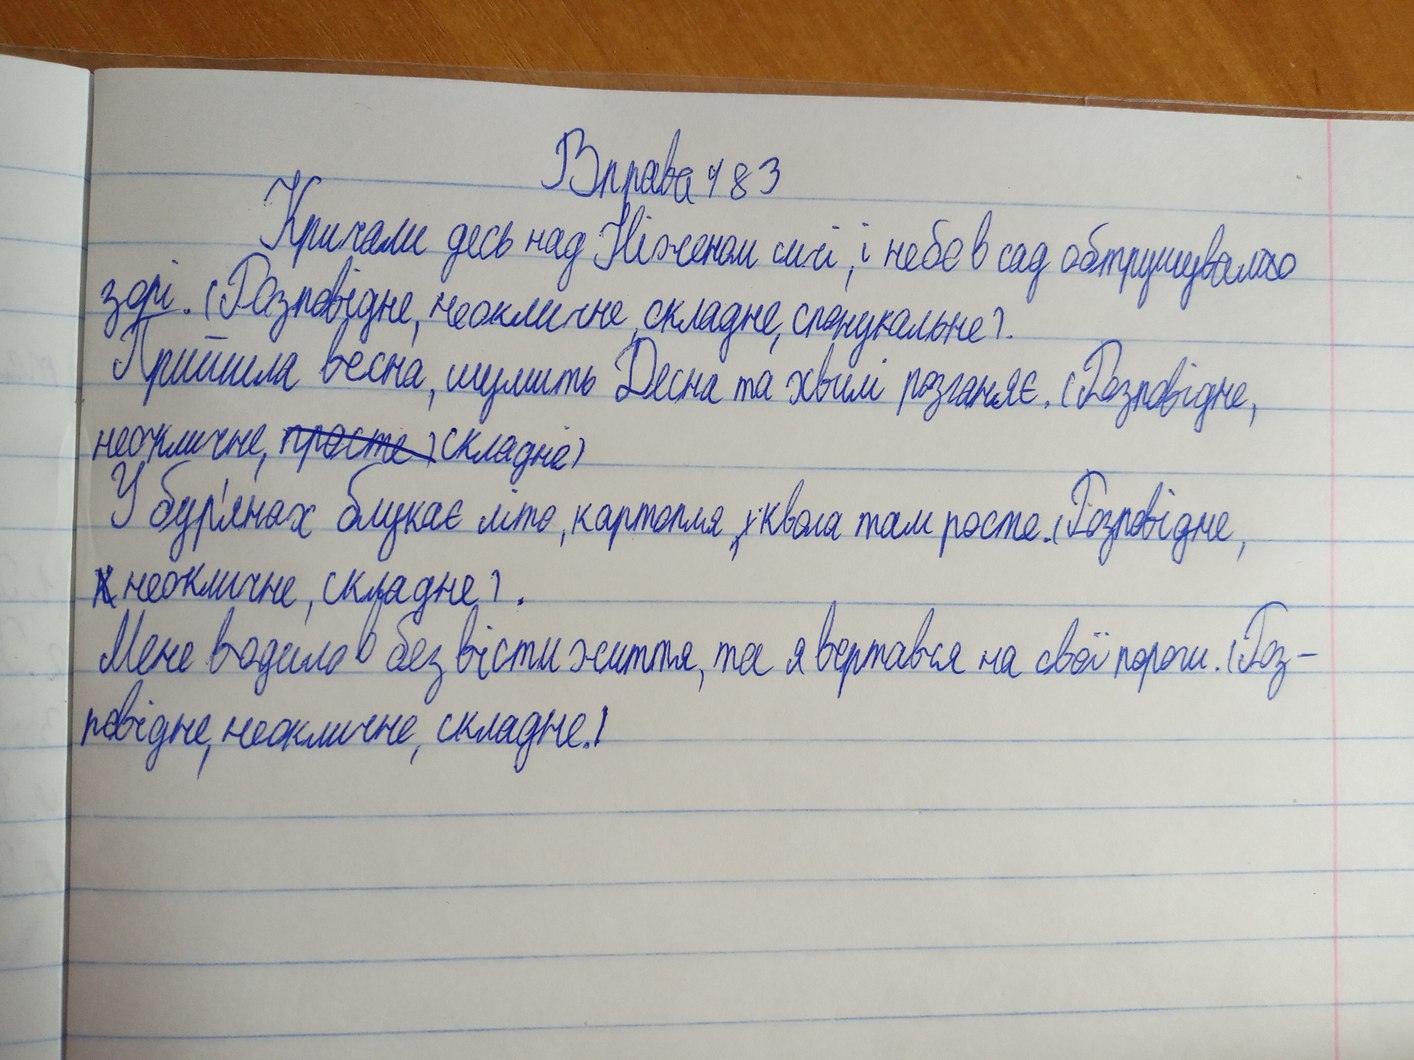
Вправа 483
Кричали десь над Ніженом сичі, і небо в сад обтрушувало
зорі. (Розповідне, неокличне, складне, спонукальне).
Прийшла весна, шумить Десна та хвилі розганяє. (Розповідне,
неокличне, ~~просте)~~ складне).
У бур'янах блукає літо, картопля ~~,і~~ квола там росте. (Розповідне,
~~к~~ неокличне, складне).
Мене водило безвісти життя, та я вертався на свої пороги. (Роз-
повідне, неокличне, складне.)